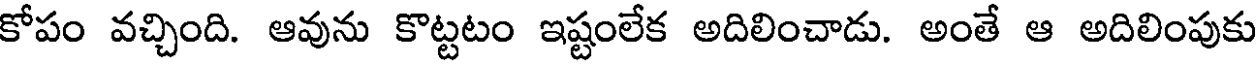
కోపం వచ్చింది. ఆవును కొట్టటం ఇష్టంలేక అదిలించాడు. అంతే ఆ అదిలింపుకు